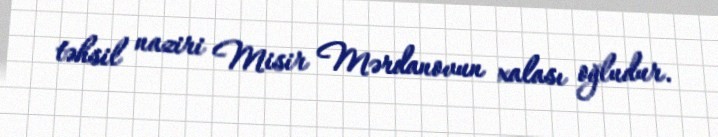
təhsil naziri Misir Mərdanovun xalası oğludur.